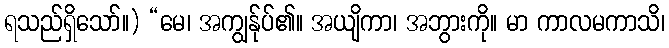
ရသည်ရှိသော်။) “မေ၊ အကျွန်ုပ်၏။ အယျိကာ၊ အဘွားကို။ မာ ကာလမကာသိ၊